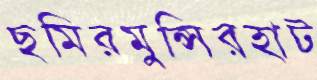
ছমিরমুন্সিরহাট